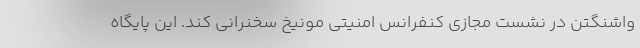
واشنگتن در نشست مجازی کنفرانس امنیتی مونیخ سخنرانی کند. این پایگاه